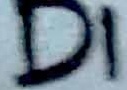
Text: D1